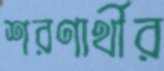
শরণার্থীর